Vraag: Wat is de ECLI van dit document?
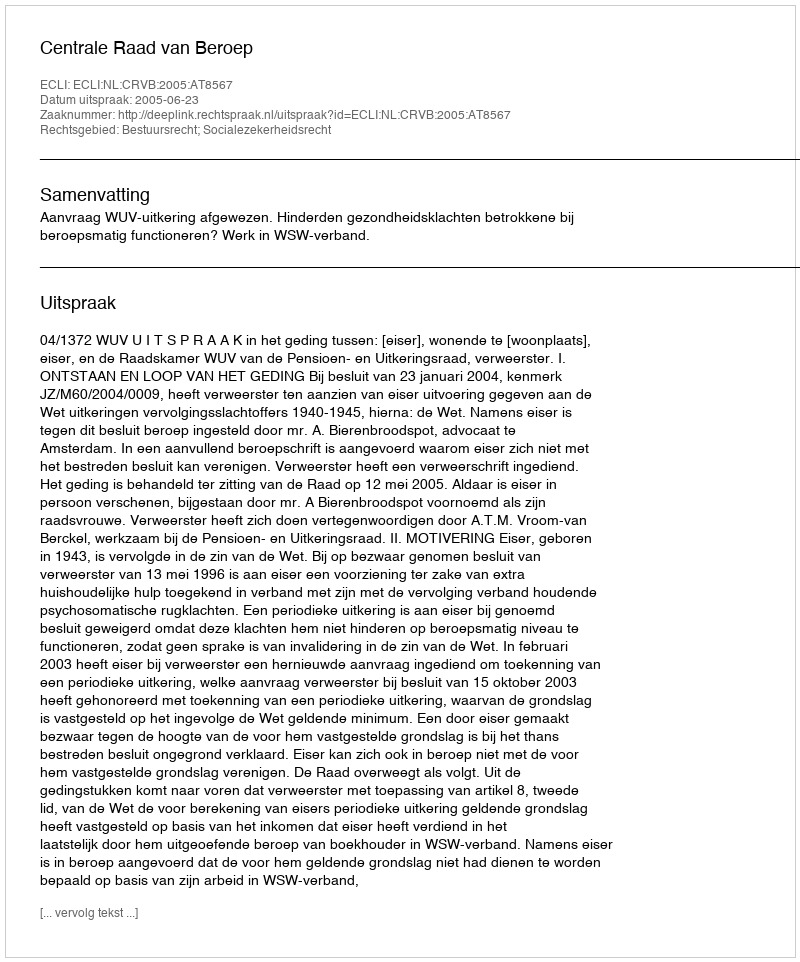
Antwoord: ECLI:NL:CRVB:2005:AT8567